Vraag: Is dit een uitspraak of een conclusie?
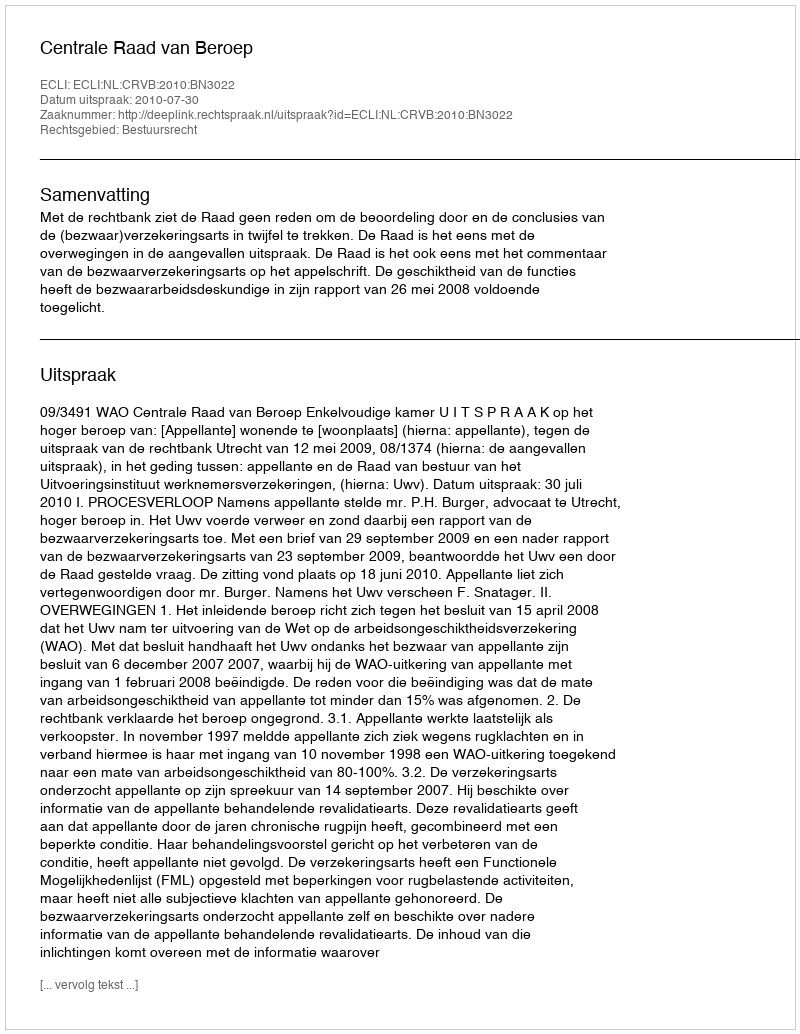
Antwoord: Uitspraak